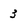
Character: 3